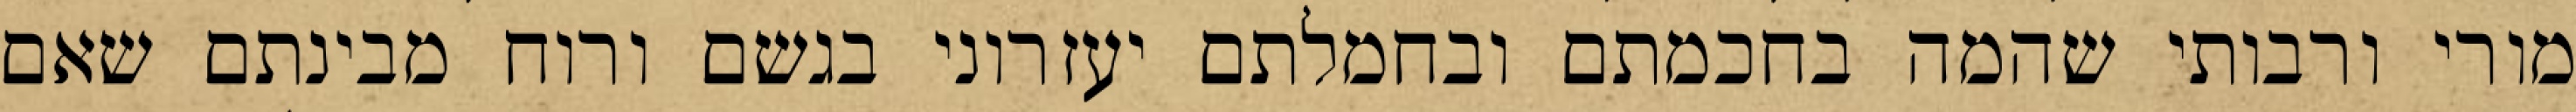
מורי ורבותי שהמה בחכמתם ובחמלתם יעזרוני בגשם ורוח מבינתם שאם